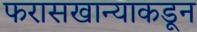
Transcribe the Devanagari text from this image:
फरासखान्याकडून